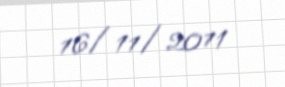
16/11/2011